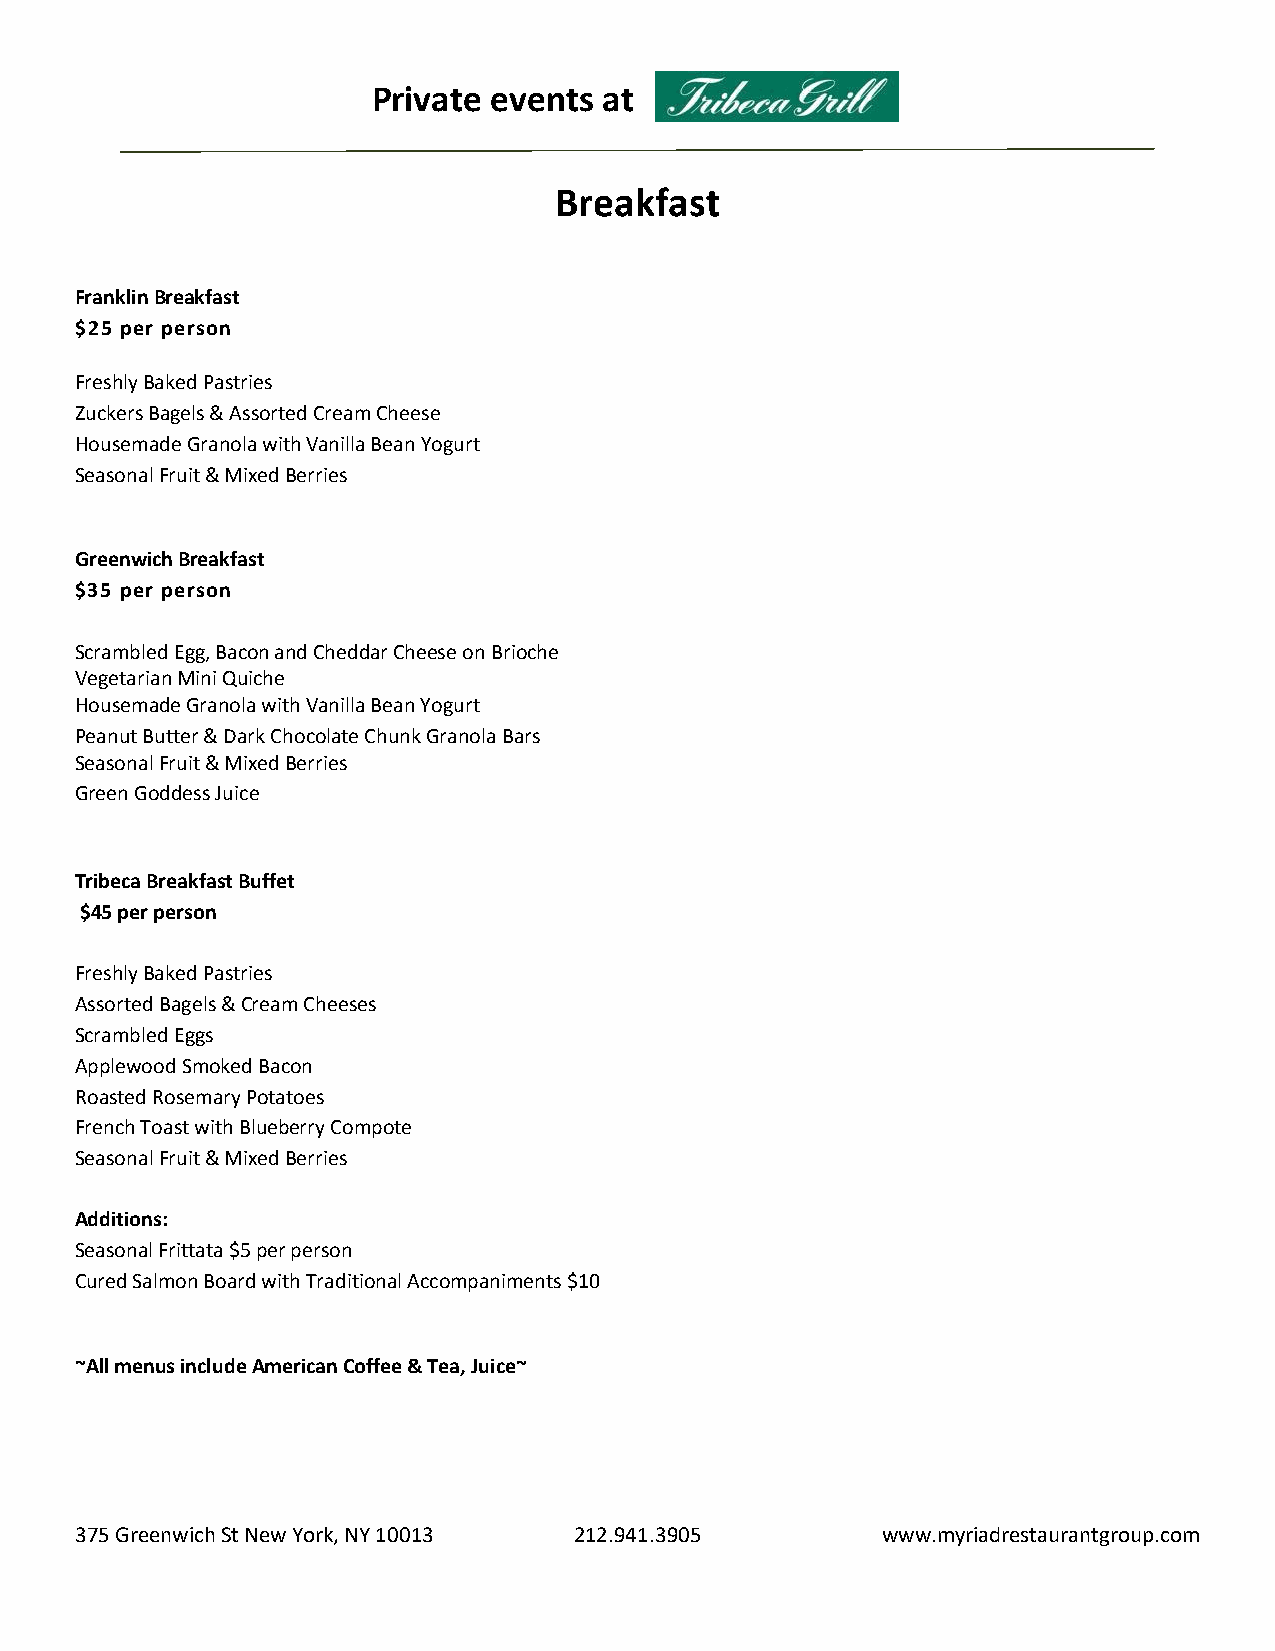
Private events at
 Breakfast
 Franklin Breakfast
 $25 per person
 Freshly Baked Pastries
 Zuckers Bagels & Assorted Cream Cheese
 Housemade Granola with Vanilla Bean Yogurt
 Seasonal Fruit & Mixed Berries
 Greenwich Breakfast
 $35 per person
 Scrambled Egg, Bacon and Cheddar Cheese on Brioche
 Vegetarian Mini Quiche
 Housemade Granola with Vanilla Bean Yogurt
 Peanut Butter & Dark Chocolate Chunk Granola Bars
 Seasonal Fruit & Mixed Berries
 Green Goddess Juice
 Tribeca Breakfast Buffet
 $45 per person
 Freshly Baked Pastries
 Assorted Bagels & Cream Cheeses
 Scrambled Eggs
 Applewood Smoked Bacon
 Roasted Rosemary Potatoes
 French Toast with Blueberry Compote
 Seasonal Fruit & Mixed Berries
 Additions:
 Seasonal Frittata $5 per person
 Cured Salmon Board with Traditional Accompaniments $10
 ~All menus include American Coffee & Tea, Juice~
 375 Greenwich St New York, NY 10013 212.941.3905     www.myriadrestaurantgroup.com